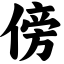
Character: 傍